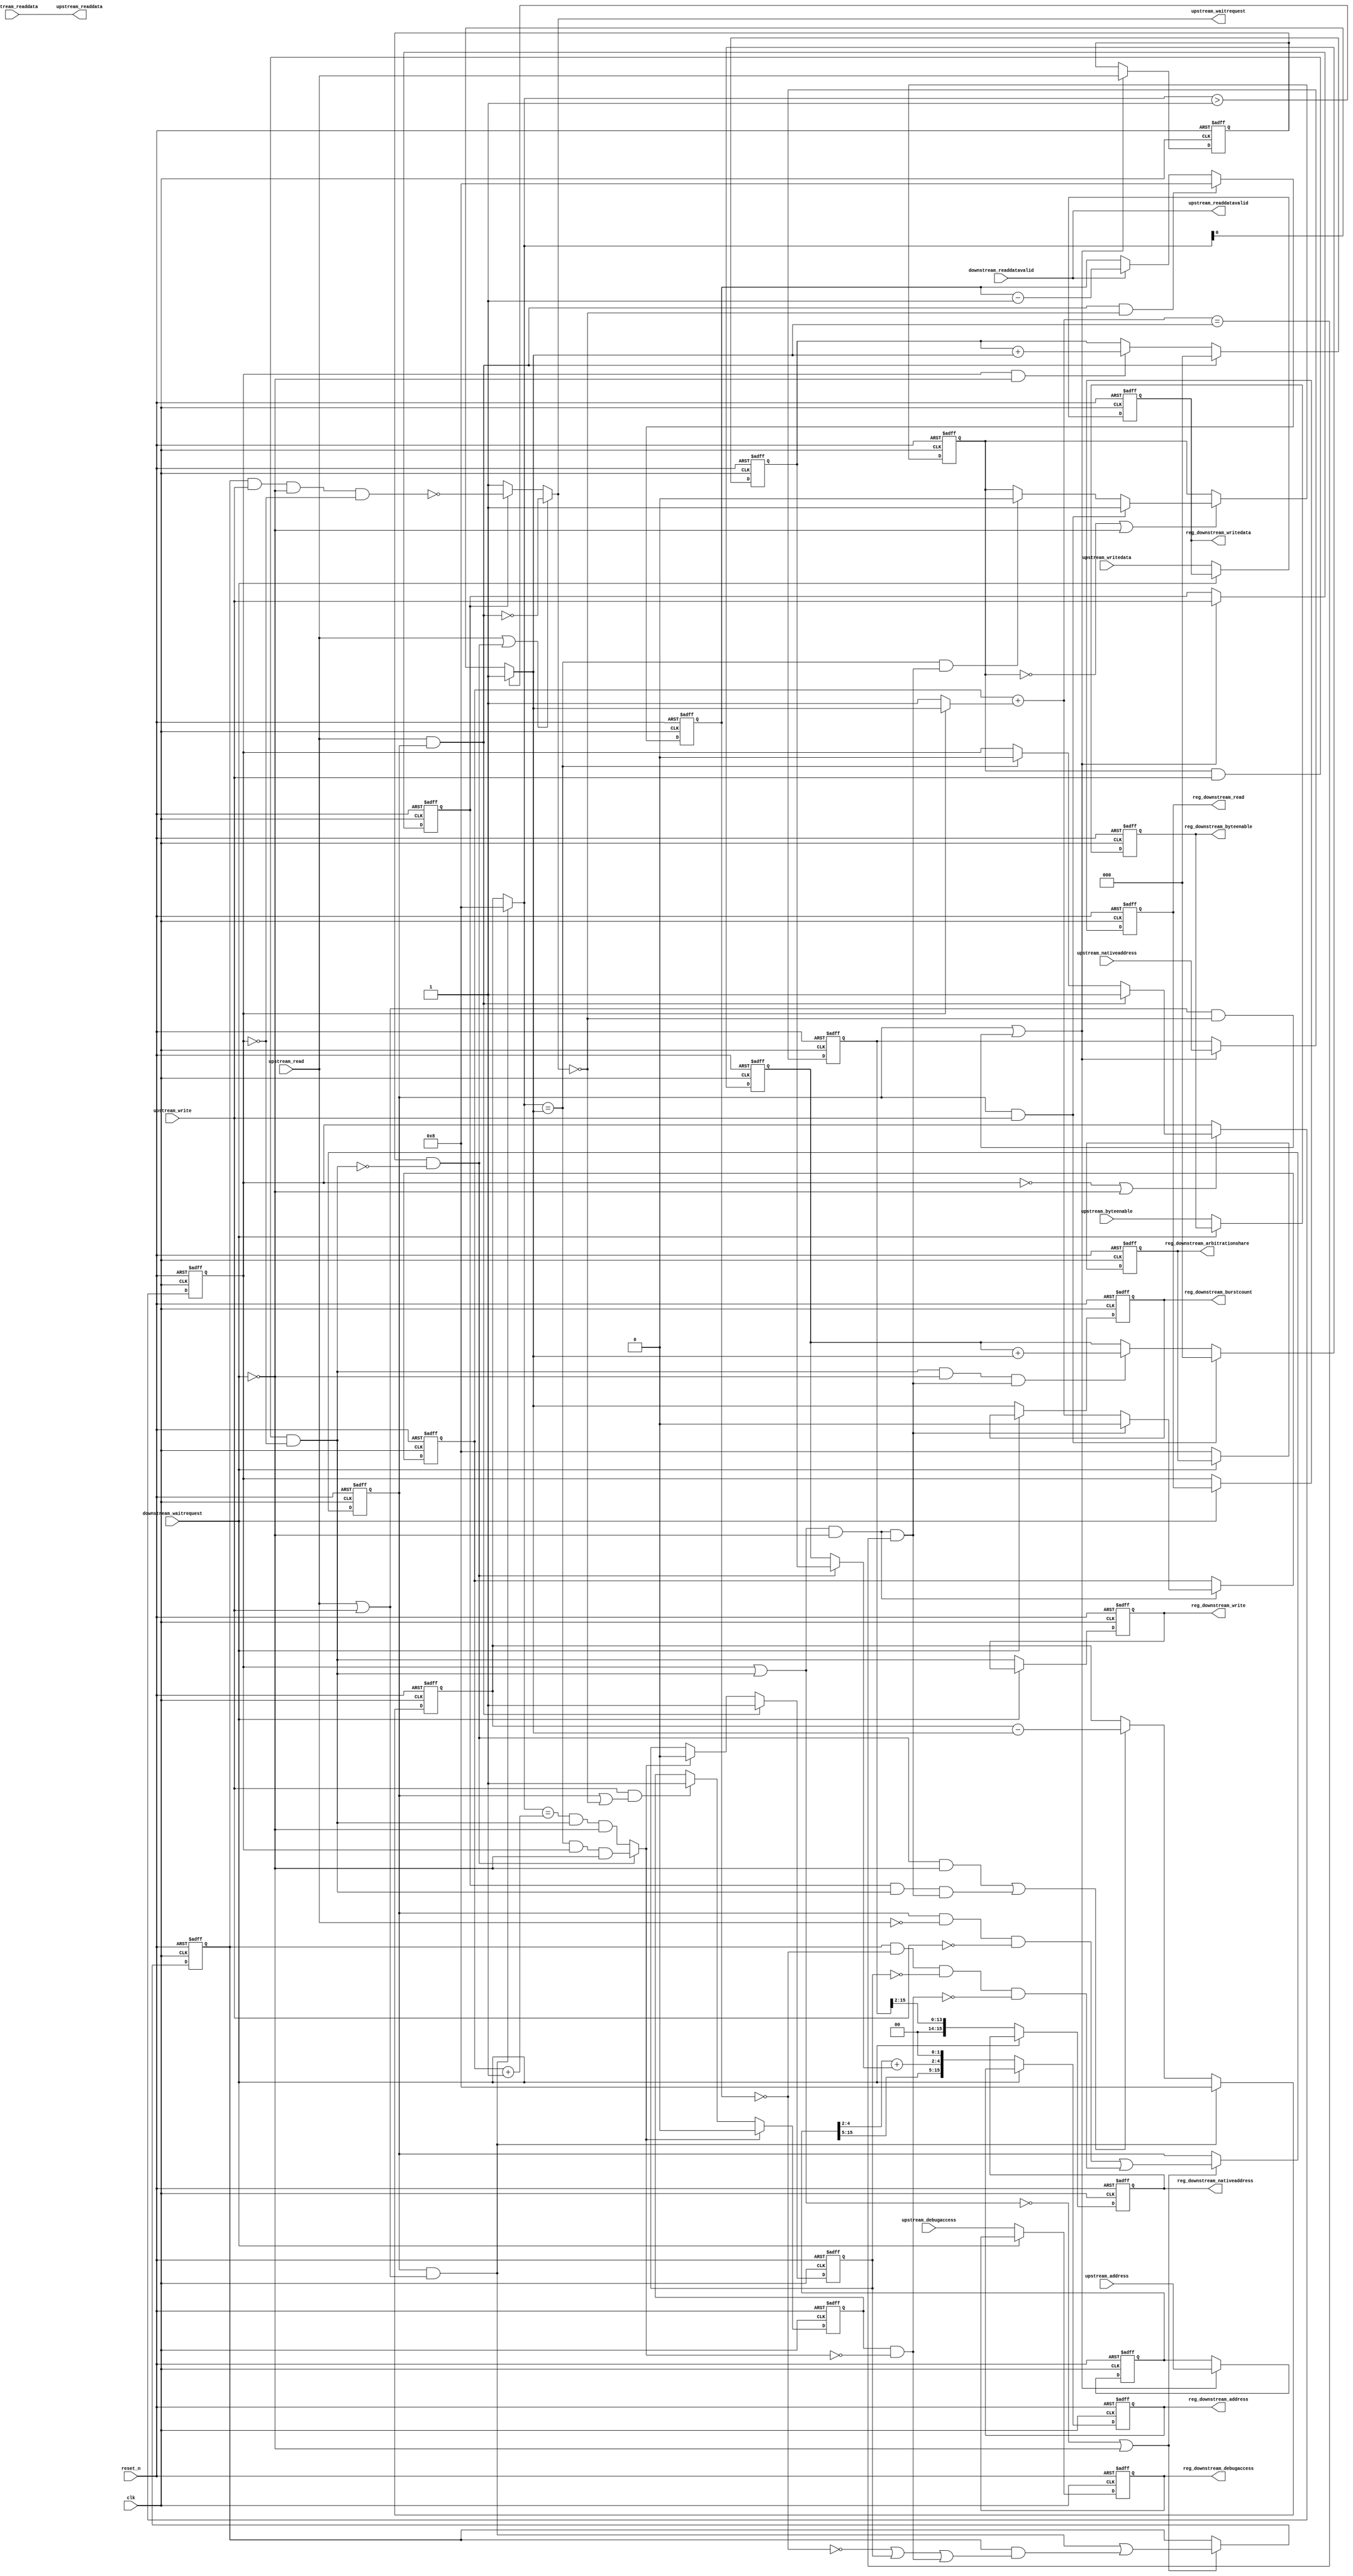
//Legal Notice: (C)2007 Altera Corporation. All rights reserved.  Your
//use of Altera Corporation's design tools, logic functions and other
//software and tools, and its AMPP partner logic functions, and any
//output files any of the foregoing (including device programming or
//simulation files), and any associated documentation or information are
//expressly subject to the terms and conditions of the Altera Program
//License Subscription Agreement or other applicable license agreement,
//including, without limitation, that your use is for the sole purpose
//of programming logic devices manufactured by Altera and sold by Altera
//or its authorized distributors.  Please refer to the applicable
//agreement for further details.

// synthesis translate_off
`timescale 1ns / 1ps
// synthesis translate_on

// turn off superfluous verilog processor warnings 
// altera message_level Level1 
// altera message_off 10034 10035 10036 10037 10230 10240 10030 

//
//Burst adapter parameters:
//adapter is mastered by: cpu/instruction_master
//adapter masters: onchip_ram_64_kbytes/s1
//asp_debug: 0
//byteaddr_width: 18
//ceil_data_width: 32
//data_width: 32
//dbs_shift: 0
//dbs_upstream_burstcount_width: 4
//downstream_addr_shift: 2
//downstream_burstcount_width: 1
//downstream_max_burstcount: 1
//downstream_pipeline: 1
//dynamic_slave: 1
//master_always_burst_max_burst: 1
//master_burst_on_burst_boundaries_only: 0
//master_data_width: 32
//master_interleave: 0
//master_linewrap_bursts: 1
//nativeaddr_width: 16
//slave_always_burst_max_burst: 0
//slave_burst_on_burst_boundaries_only: 0
//slave_interleave: 0
//slave_linewrap_bursts: 0
//upstream_burstcount: 4'h8
//upstream_burstcount_width: 4
//upstream_max_burstcount: 8
//zero_address_width: 0


module burst_6 (
                 // inputs:
                  clk,
                  downstream_readdata,
                  downstream_readdatavalid,
                  downstream_waitrequest,
                  reset_n,
                  upstream_address,
                  upstream_byteenable,
                  upstream_debugaccess,
                  upstream_nativeaddress,
                  upstream_read,
                  upstream_write,
                  upstream_writedata,

                 // outputs:
                  reg_downstream_address,
                  reg_downstream_arbitrationshare,
                  reg_downstream_burstcount,
                  reg_downstream_byteenable,
                  reg_downstream_debugaccess,
                  reg_downstream_nativeaddress,
                  reg_downstream_read,
                  reg_downstream_write,
                  reg_downstream_writedata,
                  upstream_readdata,
                  upstream_readdatavalid,
                  upstream_waitrequest
               )
;

  output  [ 15: 0] reg_downstream_address;
  output  [  3: 0] reg_downstream_arbitrationshare;
  output           reg_downstream_burstcount;
  output  [  3: 0] reg_downstream_byteenable;
  output           reg_downstream_debugaccess;
  output  [ 15: 0] reg_downstream_nativeaddress;
  output           reg_downstream_read;
  output           reg_downstream_write;
  output  [ 31: 0] reg_downstream_writedata;
  output  [ 31: 0] upstream_readdata;
  output           upstream_readdatavalid;
  output           upstream_waitrequest;
  input            clk;
  input   [ 31: 0] downstream_readdata;
  input            downstream_readdatavalid;
  input            downstream_waitrequest;
  input            reset_n;
  input   [ 17: 0] upstream_address;
  input   [  3: 0] upstream_byteenable;
  input            upstream_debugaccess;
  input   [ 15: 0] upstream_nativeaddress;
  input            upstream_read;
  input            upstream_write;
  input   [ 31: 0] upstream_writedata;

  wire    [  2: 0] address_offset;
  reg              atomic_counter;
  wire    [  2: 0] burst_offset;
  wire    [ 17: 0] current_upstream_address;
  wire    [  3: 0] current_upstream_burstcount;
  wire             current_upstream_read;
  wire             current_upstream_write;
  reg     [  3: 0] data_counter;
  wire    [  3: 0] dbs_adjusted_upstream_burstcount;
  wire    [ 15: 0] downstream_address;
  wire    [ 17: 0] downstream_address_base;
  wire    [  3: 0] downstream_arbitrationshare;
  wire             downstream_burstcount;
  wire             downstream_burstdone;
  wire    [  3: 0] downstream_byteenable;
  wire             downstream_debugaccess;
  wire    [ 15: 0] downstream_nativeaddress;
  reg              downstream_read;
  wire             downstream_write;
  reg              downstream_write_reg;
  wire    [ 31: 0] downstream_writedata;
  wire             enable_state_change;
  wire             fifo_empty;
  wire             max_burst_size;
  wire             p1_atomic_counter;
  wire             p1_fifo_empty;
  wire             p1_state_busy;
  wire             p1_state_idle;
  wire             pending_register_enable;
  wire             pending_upstream_read;
  reg              pending_upstream_read_reg;
  wire             pending_upstream_write;
  reg              pending_upstream_write_reg;
  reg     [  2: 0] read_address_offset;
  wire             read_update_count;
  wire    [  3: 0] read_write_dbs_adjusted_upstream_burstcount;
  reg     [ 15: 0] reg_downstream_address;
  reg     [  3: 0] reg_downstream_arbitrationshare;
  reg              reg_downstream_burstcount;
  reg     [  3: 0] reg_downstream_byteenable;
  reg              reg_downstream_debugaccess;
  reg     [ 15: 0] reg_downstream_nativeaddress;
  reg              reg_downstream_read;
  reg              reg_downstream_write;
  reg     [ 31: 0] reg_downstream_writedata;
  wire    [  3: 0] registered_read_write_dbs_adjusted_upstream_burstcount;
  reg     [ 17: 0] registered_upstream_address;
  reg     [  3: 0] registered_upstream_burstcount;
  reg     [ 15: 0] registered_upstream_nativeaddress;
  reg              registered_upstream_read;
  reg              registered_upstream_write;
  reg              state_busy;
  reg              state_idle;
  wire             sync_nativeaddress;
  wire    [  3: 0] transactions_remaining;
  reg     [  3: 0] transactions_remaining_reg;
  wire             update_count;
  wire             upstream_burstdone;
  wire             upstream_read_run;
  wire    [ 31: 0] upstream_readdata;
  wire             upstream_readdatavalid;
  wire             upstream_waitrequest;
  wire             upstream_write_run;
  reg     [  2: 0] write_address_offset;
  wire             write_update_count;
  assign sync_nativeaddress = |upstream_nativeaddress;
  //downstream, which is an e_avalon_master
  //upstream, which is an e_avalon_slave
  assign upstream_burstdone = current_upstream_read ? (transactions_remaining == downstream_burstcount) & downstream_read & ~downstream_waitrequest : (transactions_remaining == (atomic_counter + 1)) & downstream_write & ~downstream_waitrequest;
  assign p1_atomic_counter = atomic_counter + (downstream_read ? downstream_burstcount : 1);
  assign downstream_burstdone = (downstream_read | downstream_write) & ~downstream_waitrequest & (p1_atomic_counter == downstream_burstcount);
  assign dbs_adjusted_upstream_burstcount = pending_register_enable ? read_write_dbs_adjusted_upstream_burstcount : registered_read_write_dbs_adjusted_upstream_burstcount;
  assign read_write_dbs_adjusted_upstream_burstcount = 4'h8;
  assign registered_read_write_dbs_adjusted_upstream_burstcount = read_write_dbs_adjusted_upstream_burstcount;
  assign p1_state_idle = state_idle & ~upstream_read & ~upstream_write | state_busy & (data_counter == 0) & p1_fifo_empty & ~pending_upstream_read & ~pending_upstream_write;
  assign p1_state_busy = state_idle & (upstream_read | upstream_write) | state_busy & (~(data_counter == 0) | ~p1_fifo_empty | pending_upstream_read | pending_upstream_write);
  assign enable_state_change = ~(downstream_read | downstream_write) | ~downstream_waitrequest;
  always @(posedge clk or negedge reset_n)
    begin
      if (reset_n == 0)
          pending_upstream_read_reg <= 0;
      else if (1)
          if (upstream_read & state_idle)
              pending_upstream_read_reg <= -1;
          else if (upstream_burstdone)
              pending_upstream_read_reg <= 0;
    end


  always @(posedge clk or negedge reset_n)
    begin
      if (reset_n == 0)
          pending_upstream_write_reg <= 0;
      else if (1)
          if (upstream_burstdone)
              pending_upstream_write_reg <= 0;
          else if (upstream_write & (state_idle | ~upstream_waitrequest))
              pending_upstream_write_reg <= -1;
    end


  always @(posedge clk or negedge reset_n)
    begin
      if (reset_n == 0)
          state_idle <= 1;
      else if (enable_state_change)
          state_idle <= p1_state_idle;
    end


  always @(posedge clk or negedge reset_n)
    begin
      if (reset_n == 0)
          state_busy <= 0;
      else if (enable_state_change)
          state_busy <= p1_state_busy;
    end


  assign pending_upstream_read = pending_upstream_read_reg;
  assign pending_upstream_write = pending_upstream_write_reg & ~upstream_burstdone;
  assign pending_register_enable = state_idle | ((upstream_read | upstream_write) & ~upstream_waitrequest);
  always @(posedge clk or negedge reset_n)
    begin
      if (reset_n == 0)
          registered_upstream_read <= 0;
      else if (pending_register_enable)
          registered_upstream_read <= upstream_read;
    end


  always @(posedge clk or negedge reset_n)
    begin
      if (reset_n == 0)
          registered_upstream_write <= 0;
      else if (pending_register_enable)
          registered_upstream_write <= upstream_write;
    end


  always @(posedge clk or negedge reset_n)
    begin
      if (reset_n == 0)
          registered_upstream_burstcount <= 0;
      else if (pending_register_enable)
          registered_upstream_burstcount <= 4'h8;
    end


  always @(posedge clk or negedge reset_n)
    begin
      if (reset_n == 0)
          registered_upstream_address <= 0;
      else if (pending_register_enable)
          registered_upstream_address <= upstream_address;
    end


  always @(posedge clk or negedge reset_n)
    begin
      if (reset_n == 0)
          registered_upstream_nativeaddress <= 0;
      else if (pending_register_enable)
          registered_upstream_nativeaddress <= upstream_nativeaddress;
    end


  assign current_upstream_read = registered_upstream_read & !downstream_write;
  assign current_upstream_write = registered_upstream_write;
  assign current_upstream_address = registered_upstream_address;
  assign current_upstream_burstcount = pending_register_enable ? 4'h8 : registered_upstream_burstcount;
  always @(posedge clk or negedge reset_n)
    begin
      if (reset_n == 0)
          atomic_counter <= 0;
      else if ((downstream_read | downstream_write) & ~downstream_waitrequest)
          atomic_counter <= downstream_burstdone ? 0 : p1_atomic_counter;
    end


  assign read_update_count = current_upstream_read & ~downstream_waitrequest;
  assign write_update_count = current_upstream_write & downstream_write & downstream_burstdone;
  assign update_count = read_update_count | write_update_count;
  assign transactions_remaining = (state_idle & (upstream_read | upstream_write)) ? dbs_adjusted_upstream_burstcount : transactions_remaining_reg;
  always @(posedge clk or negedge reset_n)
    begin
      if (reset_n == 0)
          transactions_remaining_reg <= 0;
      else if (1)
          transactions_remaining_reg <= (state_idle & (upstream_read | upstream_write)) ? dbs_adjusted_upstream_burstcount : update_count ? transactions_remaining_reg - downstream_burstcount : transactions_remaining_reg;
    end


  always @(posedge clk or negedge reset_n)
    begin
      if (reset_n == 0)
          data_counter <= 0;
      else if (1)
          data_counter <= state_idle & upstream_read & ~upstream_waitrequest ?  dbs_adjusted_upstream_burstcount : downstream_readdatavalid ? data_counter - 1 : data_counter;
    end


  assign max_burst_size = 1;
  assign downstream_burstcount = (transactions_remaining > max_burst_size) ? max_burst_size : transactions_remaining;
  assign downstream_arbitrationshare = current_upstream_read ? (dbs_adjusted_upstream_burstcount) : dbs_adjusted_upstream_burstcount;
  always @(posedge clk or negedge reset_n)
    begin
      if (reset_n == 0)
          write_address_offset <= 0;
      else if (1)
          write_address_offset <= state_idle & upstream_write ? 0 : ((downstream_write & ~downstream_waitrequest & downstream_burstdone)) ? write_address_offset + downstream_burstcount : write_address_offset;
    end


  always @(posedge clk or negedge reset_n)
    begin
      if (reset_n == 0)
          read_address_offset <= 0;
      else if (1)
          read_address_offset <= state_idle & upstream_read ? 0 : (downstream_read & ~downstream_waitrequest) ? read_address_offset + downstream_burstcount : read_address_offset;
    end


  assign downstream_nativeaddress = registered_upstream_nativeaddress >> 2;
  assign address_offset = current_upstream_read ? read_address_offset : write_address_offset;
  assign downstream_address_base = current_upstream_address;
  assign burst_offset = downstream_address_base[4 : 2] + address_offset;
  assign downstream_address = {downstream_address_base[17 : 5],
    burst_offset,
    2'b00};

  always @(posedge clk or negedge reset_n)
    begin
      if (reset_n == 0)
          downstream_read <= 0;
      else if (~downstream_read | ~downstream_waitrequest)
          downstream_read <= state_idle & upstream_read ? 1 : (transactions_remaining == downstream_burstcount) ? 0 : downstream_read;
    end


  assign upstream_readdatavalid = downstream_readdatavalid;
  assign upstream_readdata = downstream_readdata;
  assign fifo_empty = 1;
  assign p1_fifo_empty = 1;
  always @(posedge clk or negedge reset_n)
    begin
      if (reset_n == 0)
          downstream_write_reg <= 0;
      else if (~downstream_write_reg | ~downstream_waitrequest)
          downstream_write_reg <= state_idle & upstream_write ? 1 : ((transactions_remaining == downstream_burstcount) & downstream_burstdone) ? 0 : downstream_write_reg;
    end


  assign downstream_write = downstream_write_reg & upstream_write & !downstream_read;
  assign downstream_byteenable = upstream_byteenable;
  assign downstream_writedata = upstream_writedata;
  assign upstream_read_run = state_idle & upstream_read;
  assign upstream_write_run = state_busy & upstream_write & ~downstream_waitrequest & !downstream_read;
  assign upstream_waitrequest = (upstream_read | current_upstream_read) ? ~upstream_read_run : current_upstream_write ? ~upstream_write_run : 1;
  assign downstream_debugaccess = upstream_debugaccess;
  always @(posedge clk or negedge reset_n)
    begin
      if (reset_n == 0)
          reg_downstream_address <= 0;
      else if (~downstream_waitrequest)
          reg_downstream_address <= downstream_address;
    end


  always @(posedge clk or negedge reset_n)
    begin
      if (reset_n == 0)
          reg_downstream_arbitrationshare <= 0;
      else if (~downstream_waitrequest)
          reg_downstream_arbitrationshare <= downstream_arbitrationshare;
    end


  always @(posedge clk or negedge reset_n)
    begin
      if (reset_n == 0)
          reg_downstream_burstcount <= 0;
      else if (~downstream_waitrequest)
          reg_downstream_burstcount <= downstream_burstcount;
    end


  always @(posedge clk or negedge reset_n)
    begin
      if (reset_n == 0)
          reg_downstream_byteenable <= 0;
      else if (~downstream_waitrequest)
          reg_downstream_byteenable <= downstream_byteenable;
    end


  always @(posedge clk or negedge reset_n)
    begin
      if (reset_n == 0)
          reg_downstream_debugaccess <= 0;
      else if (~downstream_waitrequest)
          reg_downstream_debugaccess <= downstream_debugaccess;
    end


  always @(posedge clk or negedge reset_n)
    begin
      if (reset_n == 0)
          reg_downstream_nativeaddress <= 0;
      else if (~downstream_waitrequest)
          reg_downstream_nativeaddress <= downstream_nativeaddress;
    end


  always @(posedge clk or negedge reset_n)
    begin
      if (reset_n == 0)
          reg_downstream_read <= 0;
      else if (~downstream_waitrequest)
          reg_downstream_read <= downstream_read;
    end


  always @(posedge clk or negedge reset_n)
    begin
      if (reset_n == 0)
          reg_downstream_write <= 0;
      else if (~downstream_waitrequest)
          reg_downstream_write <= downstream_write;
    end


  always @(posedge clk or negedge reset_n)
    begin
      if (reset_n == 0)
          reg_downstream_writedata <= 0;
      else if (~downstream_waitrequest)
          reg_downstream_writedata <= downstream_writedata;
    end



endmodule